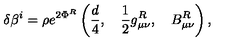
\delta \beta ^ { i } = \rho e ^ { 2 \Phi ^ { R } } \left( \frac { d } { 4 } , \quad \frac { 1 } { 2 } g _ { \mu \nu } ^ { R } , \quad B _ { \mu \nu } ^ { R } \right) , \,